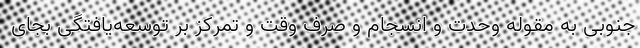
جنوبی به مقوله وحدت و انسجام و صرف وقت و تمرکز بر توسعه‌یافتگی بجای